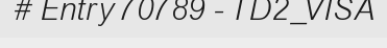
# Entry 70789 - TD2_VISA